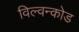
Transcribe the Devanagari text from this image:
विल्वन्कोड